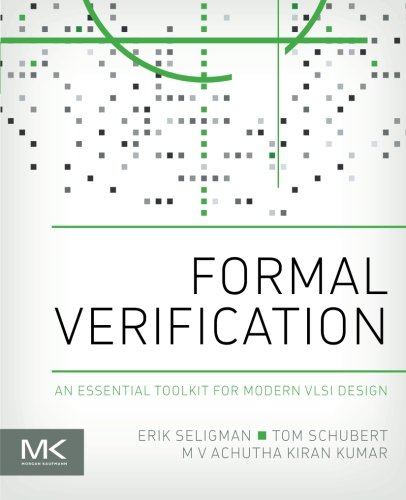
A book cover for Formal Verification: An Essential Toolkit for Modern VLSI Design; Erik Seligman; Computers & Technology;